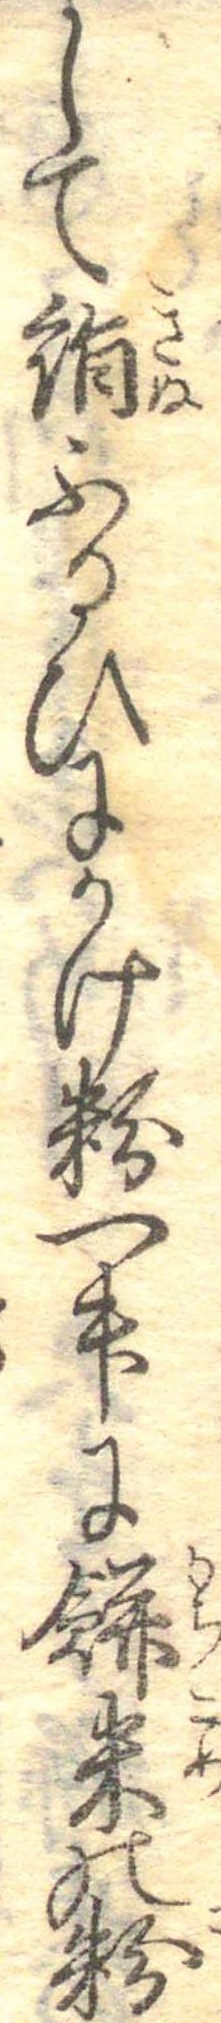
して絹ふるひにかけ粉一升に餅米の粉